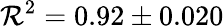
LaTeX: \mathcal{R}^{2}=0.92\pm0.020